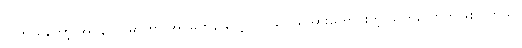
တကယ်တော့ အိုပဲန်ဟိုင်မာဟာ အင်မတန် လေ့လာ သင်ယူအားကောင်းတဲ့ သူတယောက်ဖြစ်ပါတယ်။